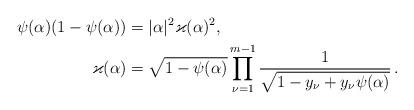
LaTeX: \begin{align*} \psi(\alpha)(1-\psi(\alpha))&=|\alpha|^2\varkappa(\alpha)^2,\\ \varkappa(\alpha)&=\sqrt{1-\psi(\alpha)}\prod_{\nu=1}^{m-1}\frac1{\sqrt{1-y_{\nu}+y_\nu\psi(\alpha)}}\,.\end{align*}